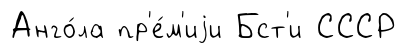
Анго́ла пр'е́м'иjи Бст'и СССР